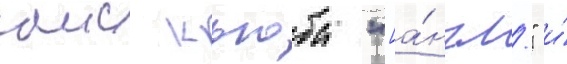
аис кьюба "[а́нгл." и́